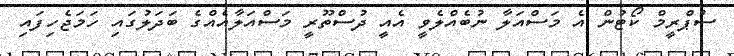
ސުޕްރީމް ކޯޓުން އެ މަސްއަލާ ނުބެއްލެވީ އެއީ ދުސްތޫރީ މަސްއަލާއެއްގެ ބަދަލުގައި ހަމަޖެހިފައި